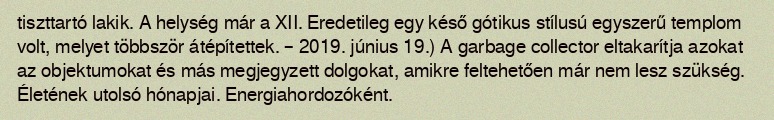
tiszttartó lakik. A helység már a XII. Eredetileg egy késő gótikus stílusú egyszerű templom volt, melyet többször átépítettek. – 2019. június 19.) A garbage collector eltakarítja azokat az objektumokat és más megjegyzett dolgokat, amikre feltehetően már nem lesz szükség. Életének utolsó hónapjai. Energiahordozóként.